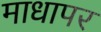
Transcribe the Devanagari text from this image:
माधापर